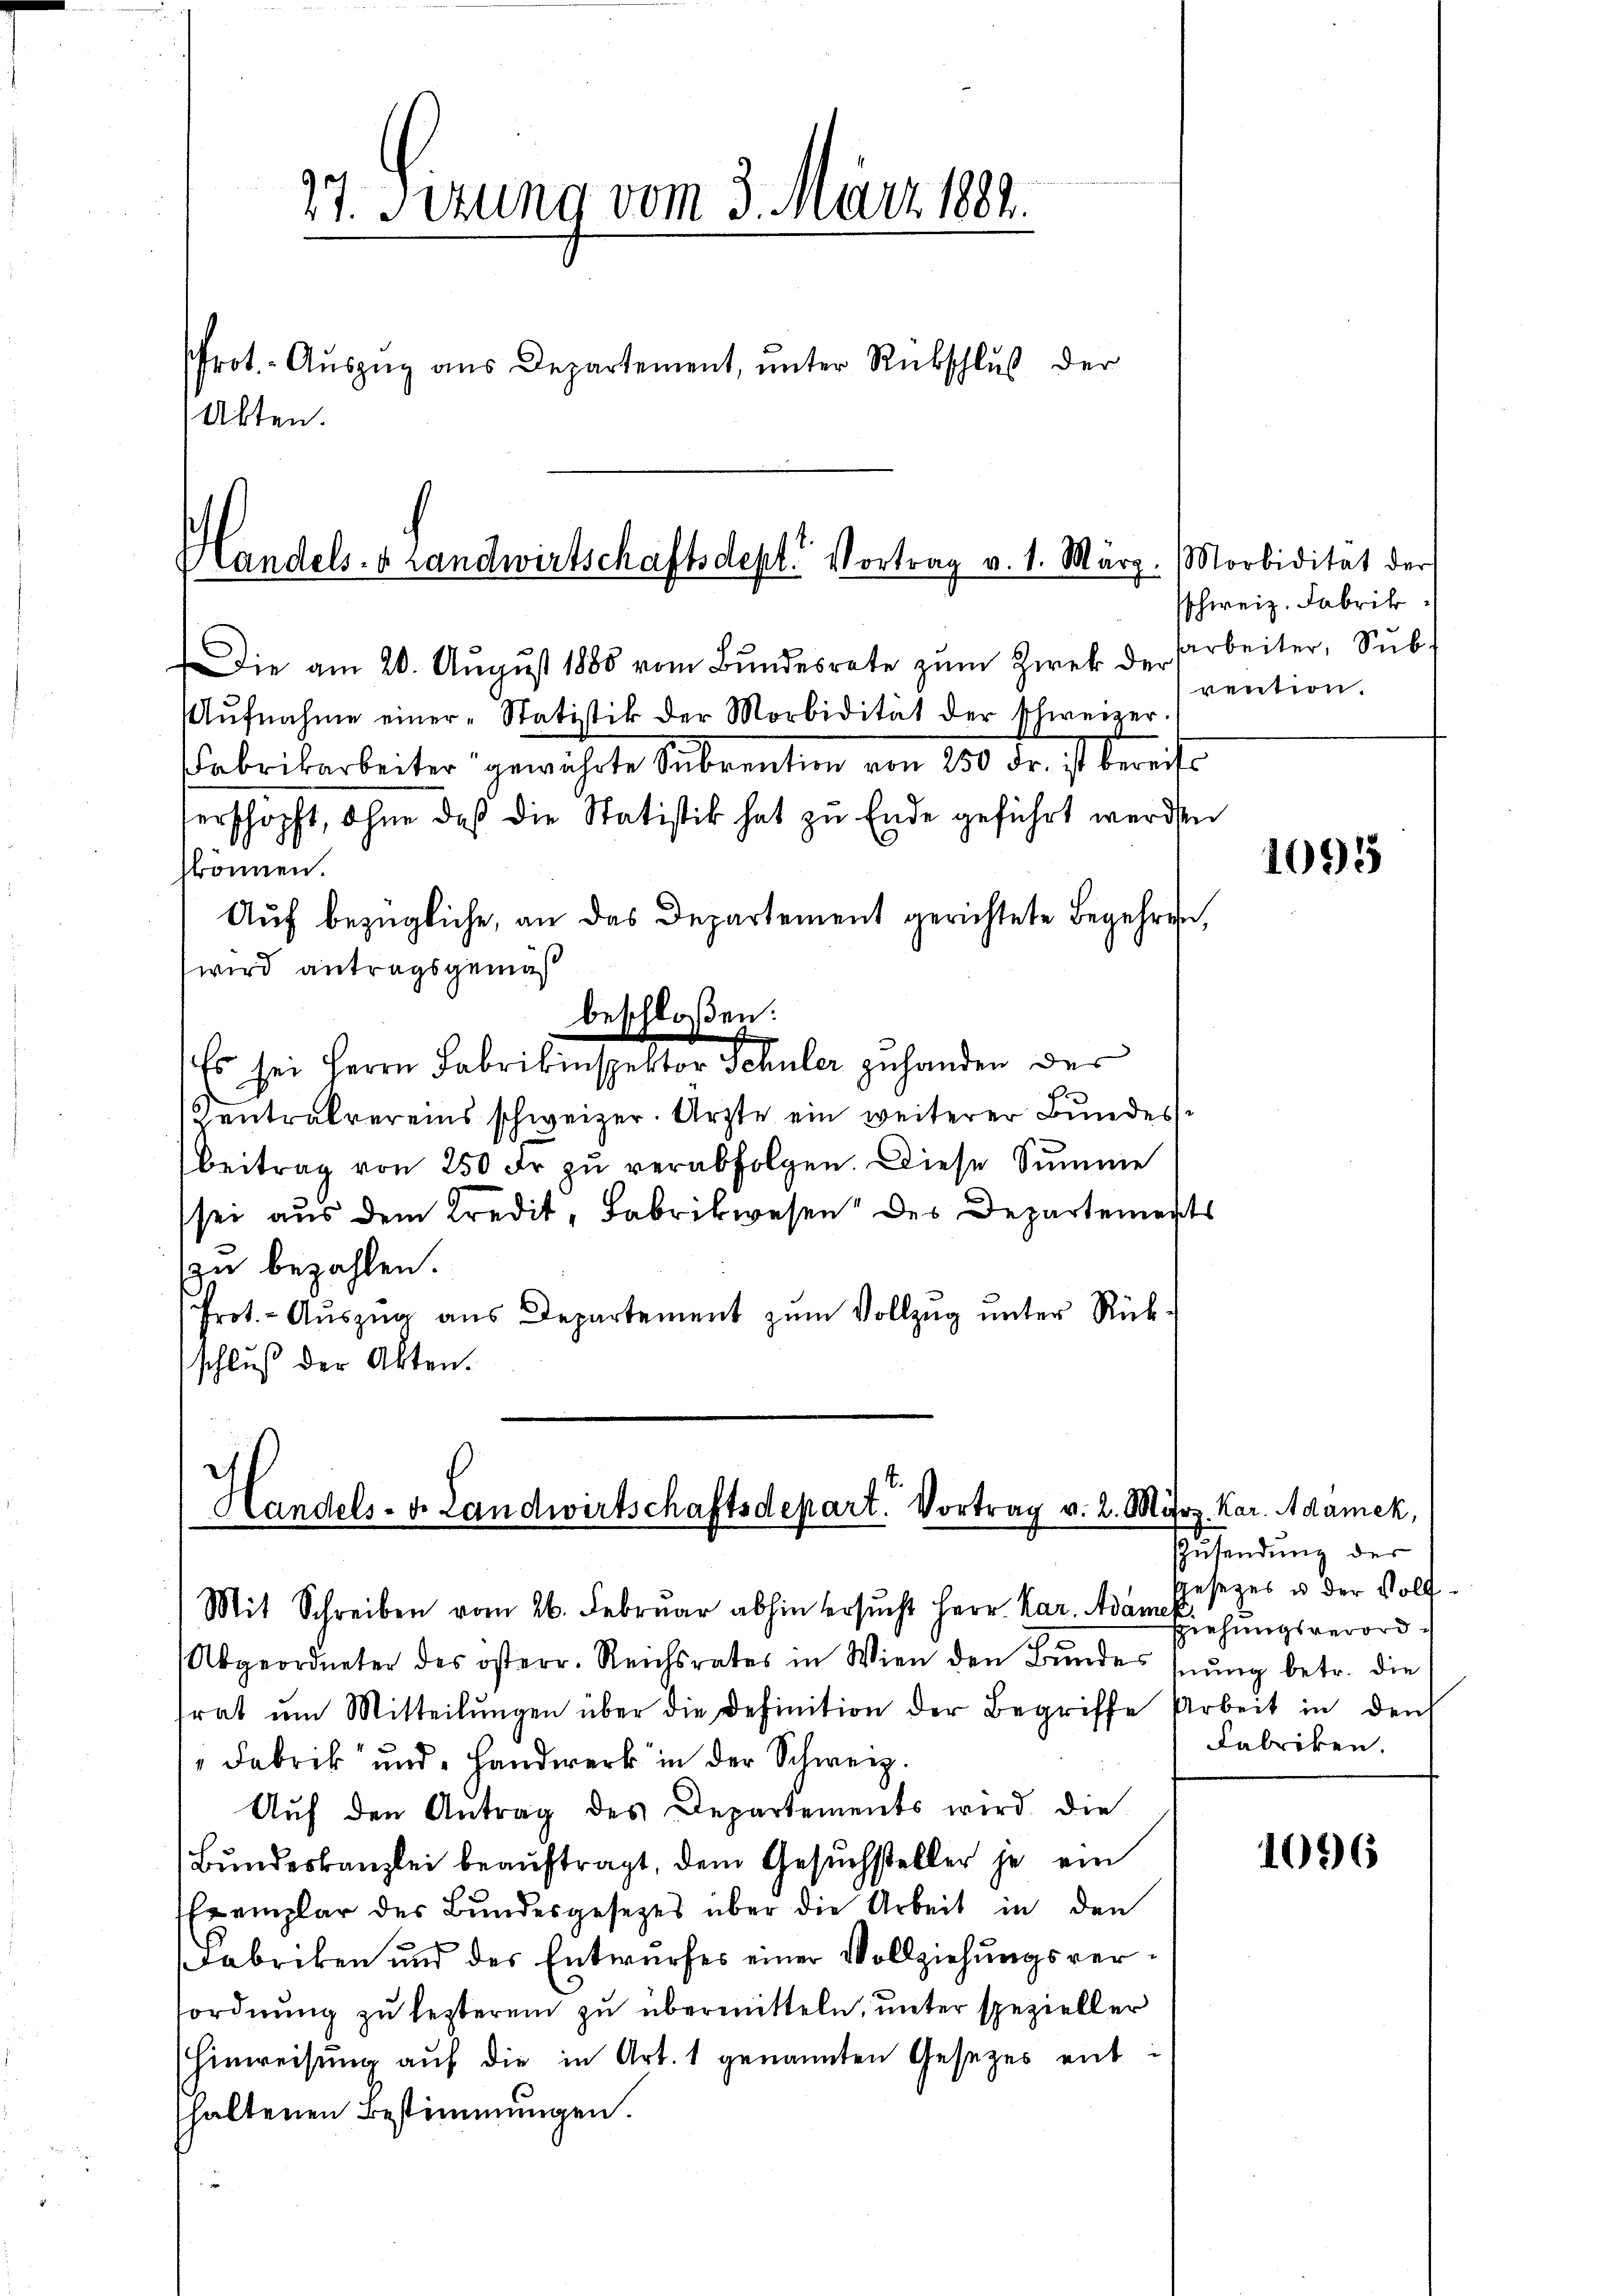
27. Sizung vom 3. März 1884.
Prot. Aŭszŭg ans Departement, ŭnter Rübschluß der
Alten.

Die am 20. Aŭgŭst 1880 vom Bŭndesrate zŭm Zwek der Arbeiter, Sub-
Aŭfnahme einer-Statistik der Morbidität der schweizer.
Fabrikarbeiter gewährte Subventen von 150 Fr. ist bereiterschöpft, ohne daß die Statistik hat zu Ende geführt werden
können.
Auf bezügliche, an das Departement gerichtete Begehren,
wird antragsgemäß
beschloßen:
Es sei Herrn Fabrikinspektor Schüler zuhanden der
entralvereins schweizer. Arzte ein weiterer Bŭndes-
beitrag von 250 fr zŭ verabfolgen. Diese Summe
sei aus dem Kredit, Fabrikwesen des Departements
zu bezahlen.
Prot. - Aŭszŭg aŭs Departement zŭm Vollzŭg ŭnter Rück-
schluß der Akten.

Handels. v. Landwirtschaftsdept. Vortrag v. 1. März.

Handels- u. Landwirtschaftsdepart. Vortrag v. 2. März. Kar. Adamek,
Mit Schreiben vom 26. Februar abhin ersucht Herr Kar. Adam Eichungsverord¬

Abgeordneter des österr. Reichsrates in Wien den Bŭndes hnŭng betr. die
frat ŭm Mitteilŭngen über die Definition der Begriffe Arbeit in denk
Fabrik und Handwerk in der Schweiz.
Aŭf den Antrag des Departements wird die
Bundeskanzlei beauftragt, dem Gesuchsteller je ein
Exemplar des Bŭndesgesezes über die Arbeit in den
Fabriken und des Entwurfes einer Vollziehungsverordnung zu lezterem zu übermitteln, unter spezieller
Hinweisung auf die in Art. 1 genannten Gesetzes enthaltenen Bestimmungen.

Morbidität der
sschweiz. Fabrik
rention.

1095

ZZusendung der
gesezes u. der Volf¬
Fabriken.

1096